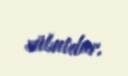
sübutdur.